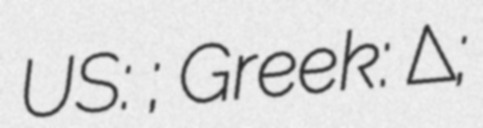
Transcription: US: ; Greek: Δαίδαλος;